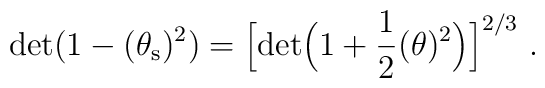
{\rm det}(1-(\theta_{\rm s})^{2})=\Big[{\rm det}\Big(1+\frac{1}{2}(\theta)^{2}\Big)\Big]^{2/3}\ .